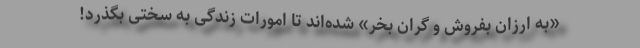
«به ارزان بفروش و گران بخر» شده‌اند تا امورات زندگی به سختی بگذرد!